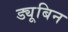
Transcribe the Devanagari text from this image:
ड्यूबिन